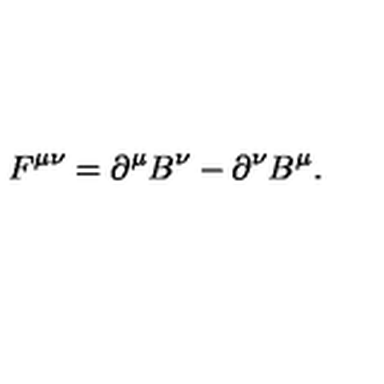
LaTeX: F ^ { \mu \nu } = \partial ^ { \mu } B ^ { \nu } - \partial ^ { \nu } B ^ { \mu } .